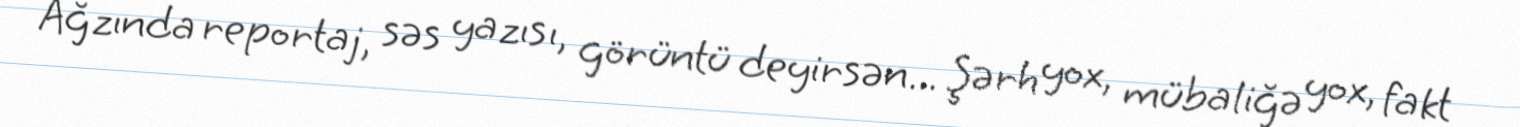
Ağzında reportaj, səs yazısı, görüntü deyirsən... Şərh yox, mübaliğə yox, fakt